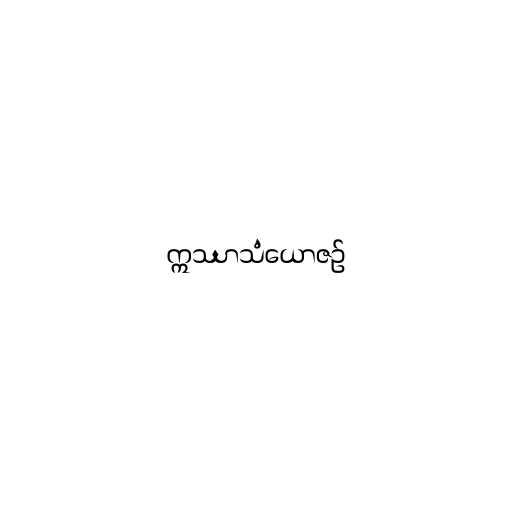
ဣဿာသံယောဇဉ်